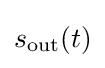
s_{\text{out}}(t)